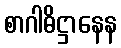
စာဂါဓိဋ္ဌာနေန